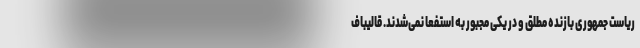
ریاست جمهوری بازنده مطلق و در یکی مجبور به استفعا نمی‌شدند. قالیباف